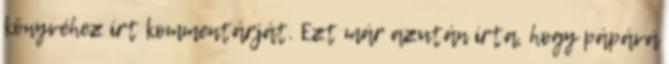
könyvéhez írt kommentárját. Ezt már azután írta, hogy pápává